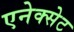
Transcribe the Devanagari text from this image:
एनेक्सेट